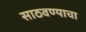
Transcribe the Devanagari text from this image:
साठवण्याचा